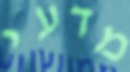
מדעי